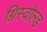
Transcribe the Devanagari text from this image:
ग्रिस्वोल्ड